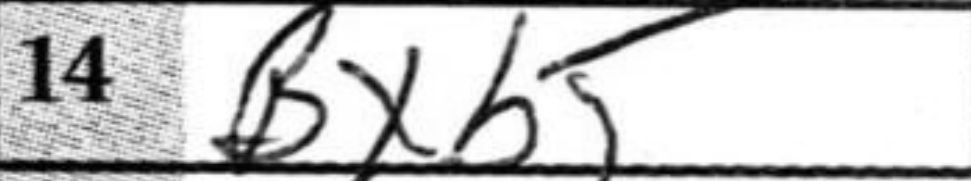
Transcription: Bxb5